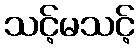
သင့်မသင့်